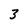
Character: 3